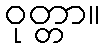
ဝုတ္တာ။